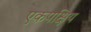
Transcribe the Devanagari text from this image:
एकपक्षिय